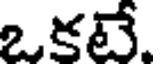
ఒకటే.